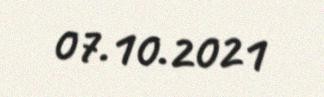
07.10.2021